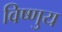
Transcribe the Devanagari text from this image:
विष्णुय